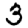
Digit: 3